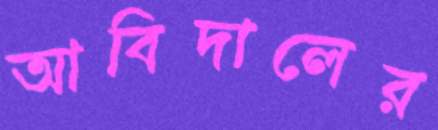
আবিদালের